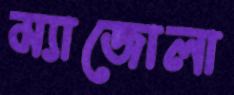
ম্যাজোলা